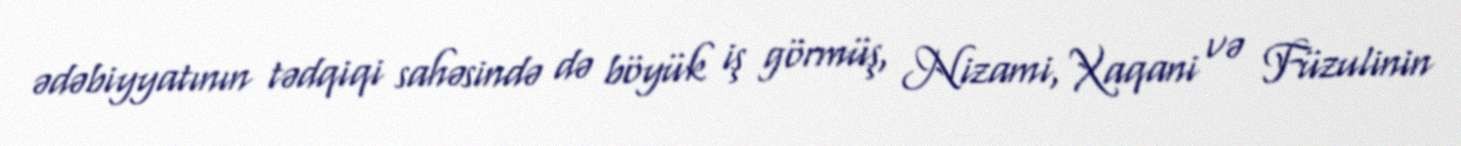
ədəbiyyatının tədqiqi sahəsində də böyük iş görmüş, Nizami, Xaqani və Füzulinin